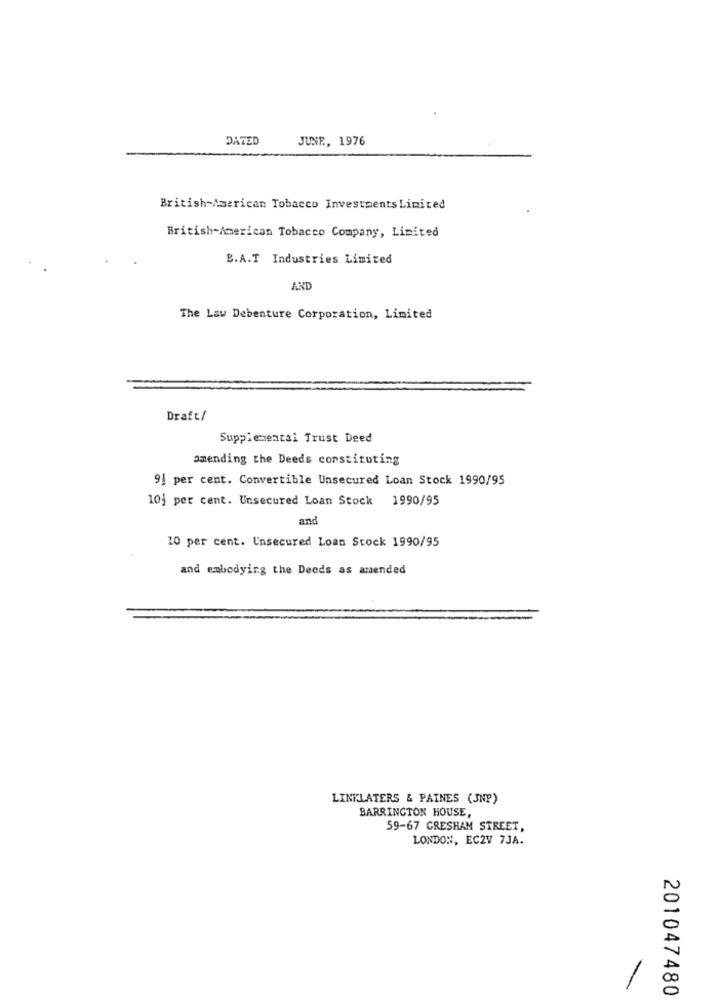
DATED
JUNE, 1976
British American Tobacco Investments Limited
British-American Tobacco Company, Limited
B.A.T Industries Limited
AND
The Law Debenture Corporation, Limited
Draft/
Supplemental Trust Deed
amending the Deeds constituting
9| per cent. Convertible Unsecured Loan Stock 1990/95
10; per cent. Unsecured Loan Stock 1990/95
and
10 per cent. Unsecured Loan Stock 1990/95
and embodying the Deeds as amended
LINKLATERS & PAINES (JNP)
BARRINGTON HOUSE,
59-67 GRESHAM STREET,
LONDON, EC2V 7JA.
/
201047480